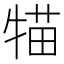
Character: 𤚐